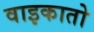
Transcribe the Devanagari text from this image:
वाइकातो